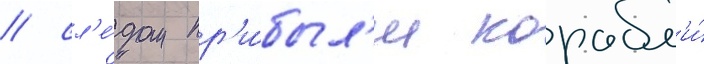
/ сл'е́дом пр'и́был'и корабл'и́